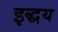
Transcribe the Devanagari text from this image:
इद्धय